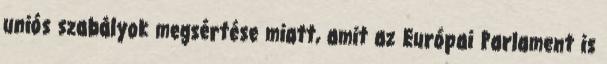
uniós szabályok megsértése miatt, amit az Európai Parlament is